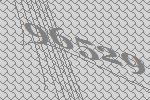
96529